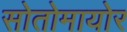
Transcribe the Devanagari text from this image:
सोतोमायोर